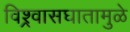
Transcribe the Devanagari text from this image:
विश्र्वासघातामुळे